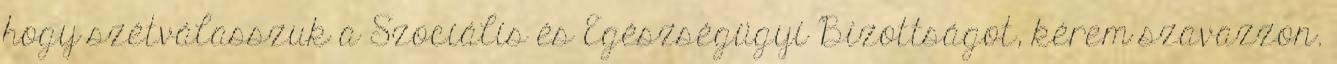
hogy szétválasszuk a Szociális és Egészségügyi Bizottságot, kérem szavazzon.